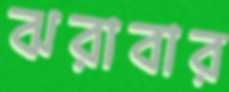
ঝরাবার